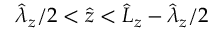
\hat { \lambda } _ { z } / 2 < \hat { z } < \hat { L } _ { z } - \hat { \lambda } _ { z } / 2